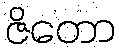
ဇိတော